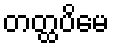
တတ္ထပိမေ